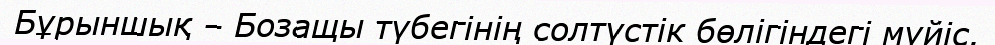
Бұрыншық – Бозащы түбегінің солтүстік бөлігіндегі мүйіс.